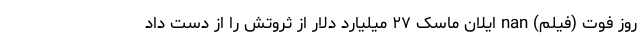
روز فوت (فیلم) nan ایلان ماسک ۲۷ میلیارد دلار از ثروتش را از دست داد